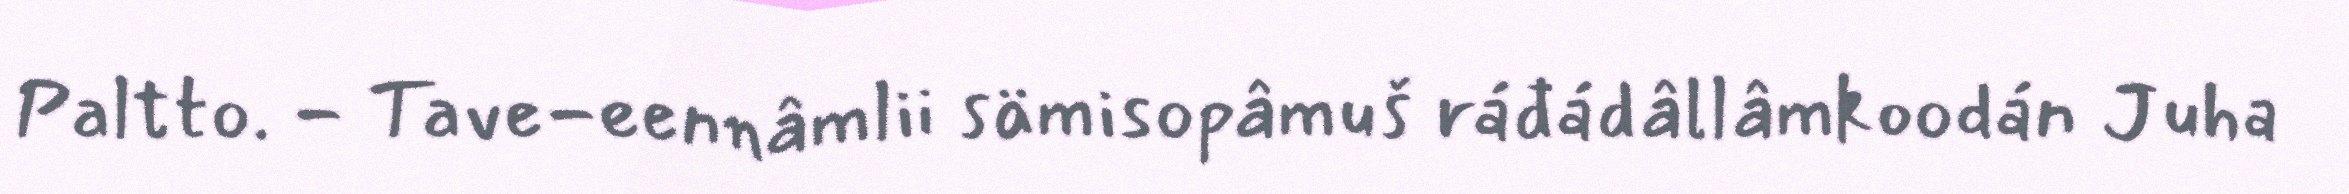
Paltto. - Tave-eennâmlii sämisopâmuš ráđádâllâmkoodán Juha